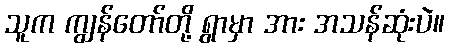
သူက ကျွန်တော်တို့ ရွာမှာ အား အသန်ဆုံးပဲ။